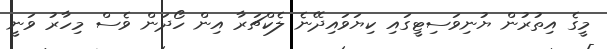
މީގެ އިތުރުން ޔުނިވަސިޓީގައި ކިޔަވައިދޭނެ ލެކްޗަރާ އިން ހޯދަން ވެސް މިހާރު ވަނީ